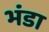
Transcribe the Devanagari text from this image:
भंडा